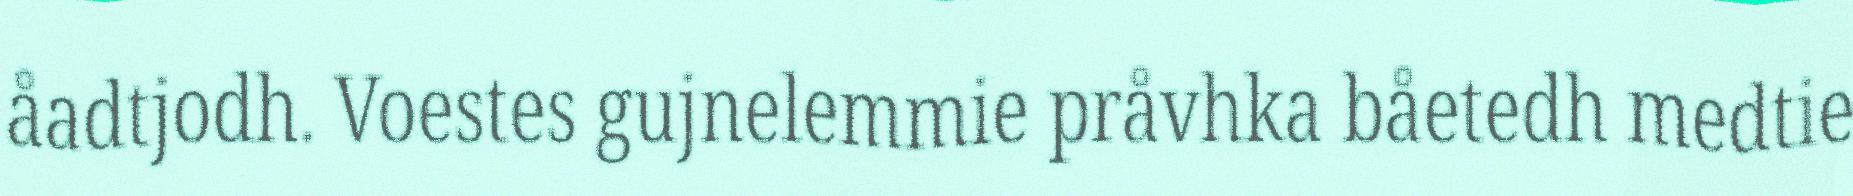
åadtjodh. Voestes gujnelemmie pråvhka båetedh medtie